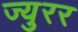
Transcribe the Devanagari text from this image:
ज्युरर